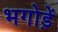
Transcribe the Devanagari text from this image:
भगोड़ें